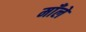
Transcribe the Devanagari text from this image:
माँले